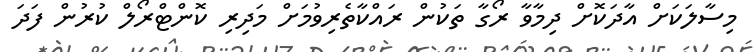
މިސާލަކަށް އާދަކޮށް ދިމާވާ ރޯގާ ތަކުން ރައްކާތެރިވުމަށް މަދިރި ކޮންޓްރޯލް ކުރުން ފަދަ